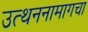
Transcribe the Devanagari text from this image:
उत्थननामागचा